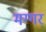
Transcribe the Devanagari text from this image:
मग्गर